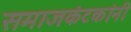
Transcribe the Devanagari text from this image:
समाजकंटकांनी